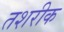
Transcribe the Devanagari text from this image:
तशरीक